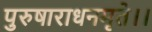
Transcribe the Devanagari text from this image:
पुरुषाराधनमृते।।